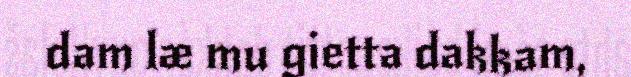
dam læ mu gietta dakkam,